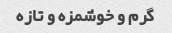
گرم و خوشمزه و تازه